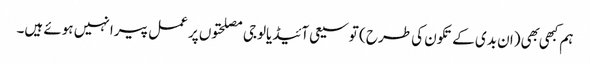
ہم کبهی بهی (ان بدی کے تکون کی طرح ) توسیعی آئیڈیالوجی مصلحتوں پر عمل پیرا نہیں ہوئے ہیں۔